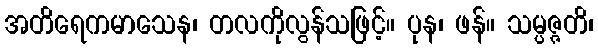
အတိရေကမာသေန၊ တလကိုလွန်သဖြင့်။ ပုန၊ ဖန်။ သမ္ပဇ္ဇတိ၊